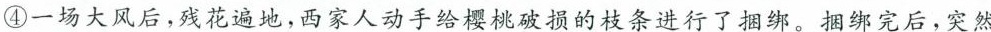
④一场大风后，残花遍地，西家人动手给樱桃破损的枝条进行了捆绑。捆绑完后，突然